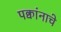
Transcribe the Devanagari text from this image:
पक्वांनाचे